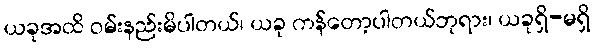
ယခုအထိ ဝမ်းနည်းမိပါတယ်၊ ယခု ကန်တော့ပါတယ်ဘုရား၊ ယခုရှိ-မရှိ